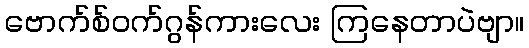
ဗောက်စ်ဝက်ဂွန်ကားလေး ကြနေတာပဲဗျာ။